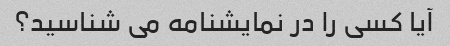
آیا کسی را در نمایشنامه می شناسید؟